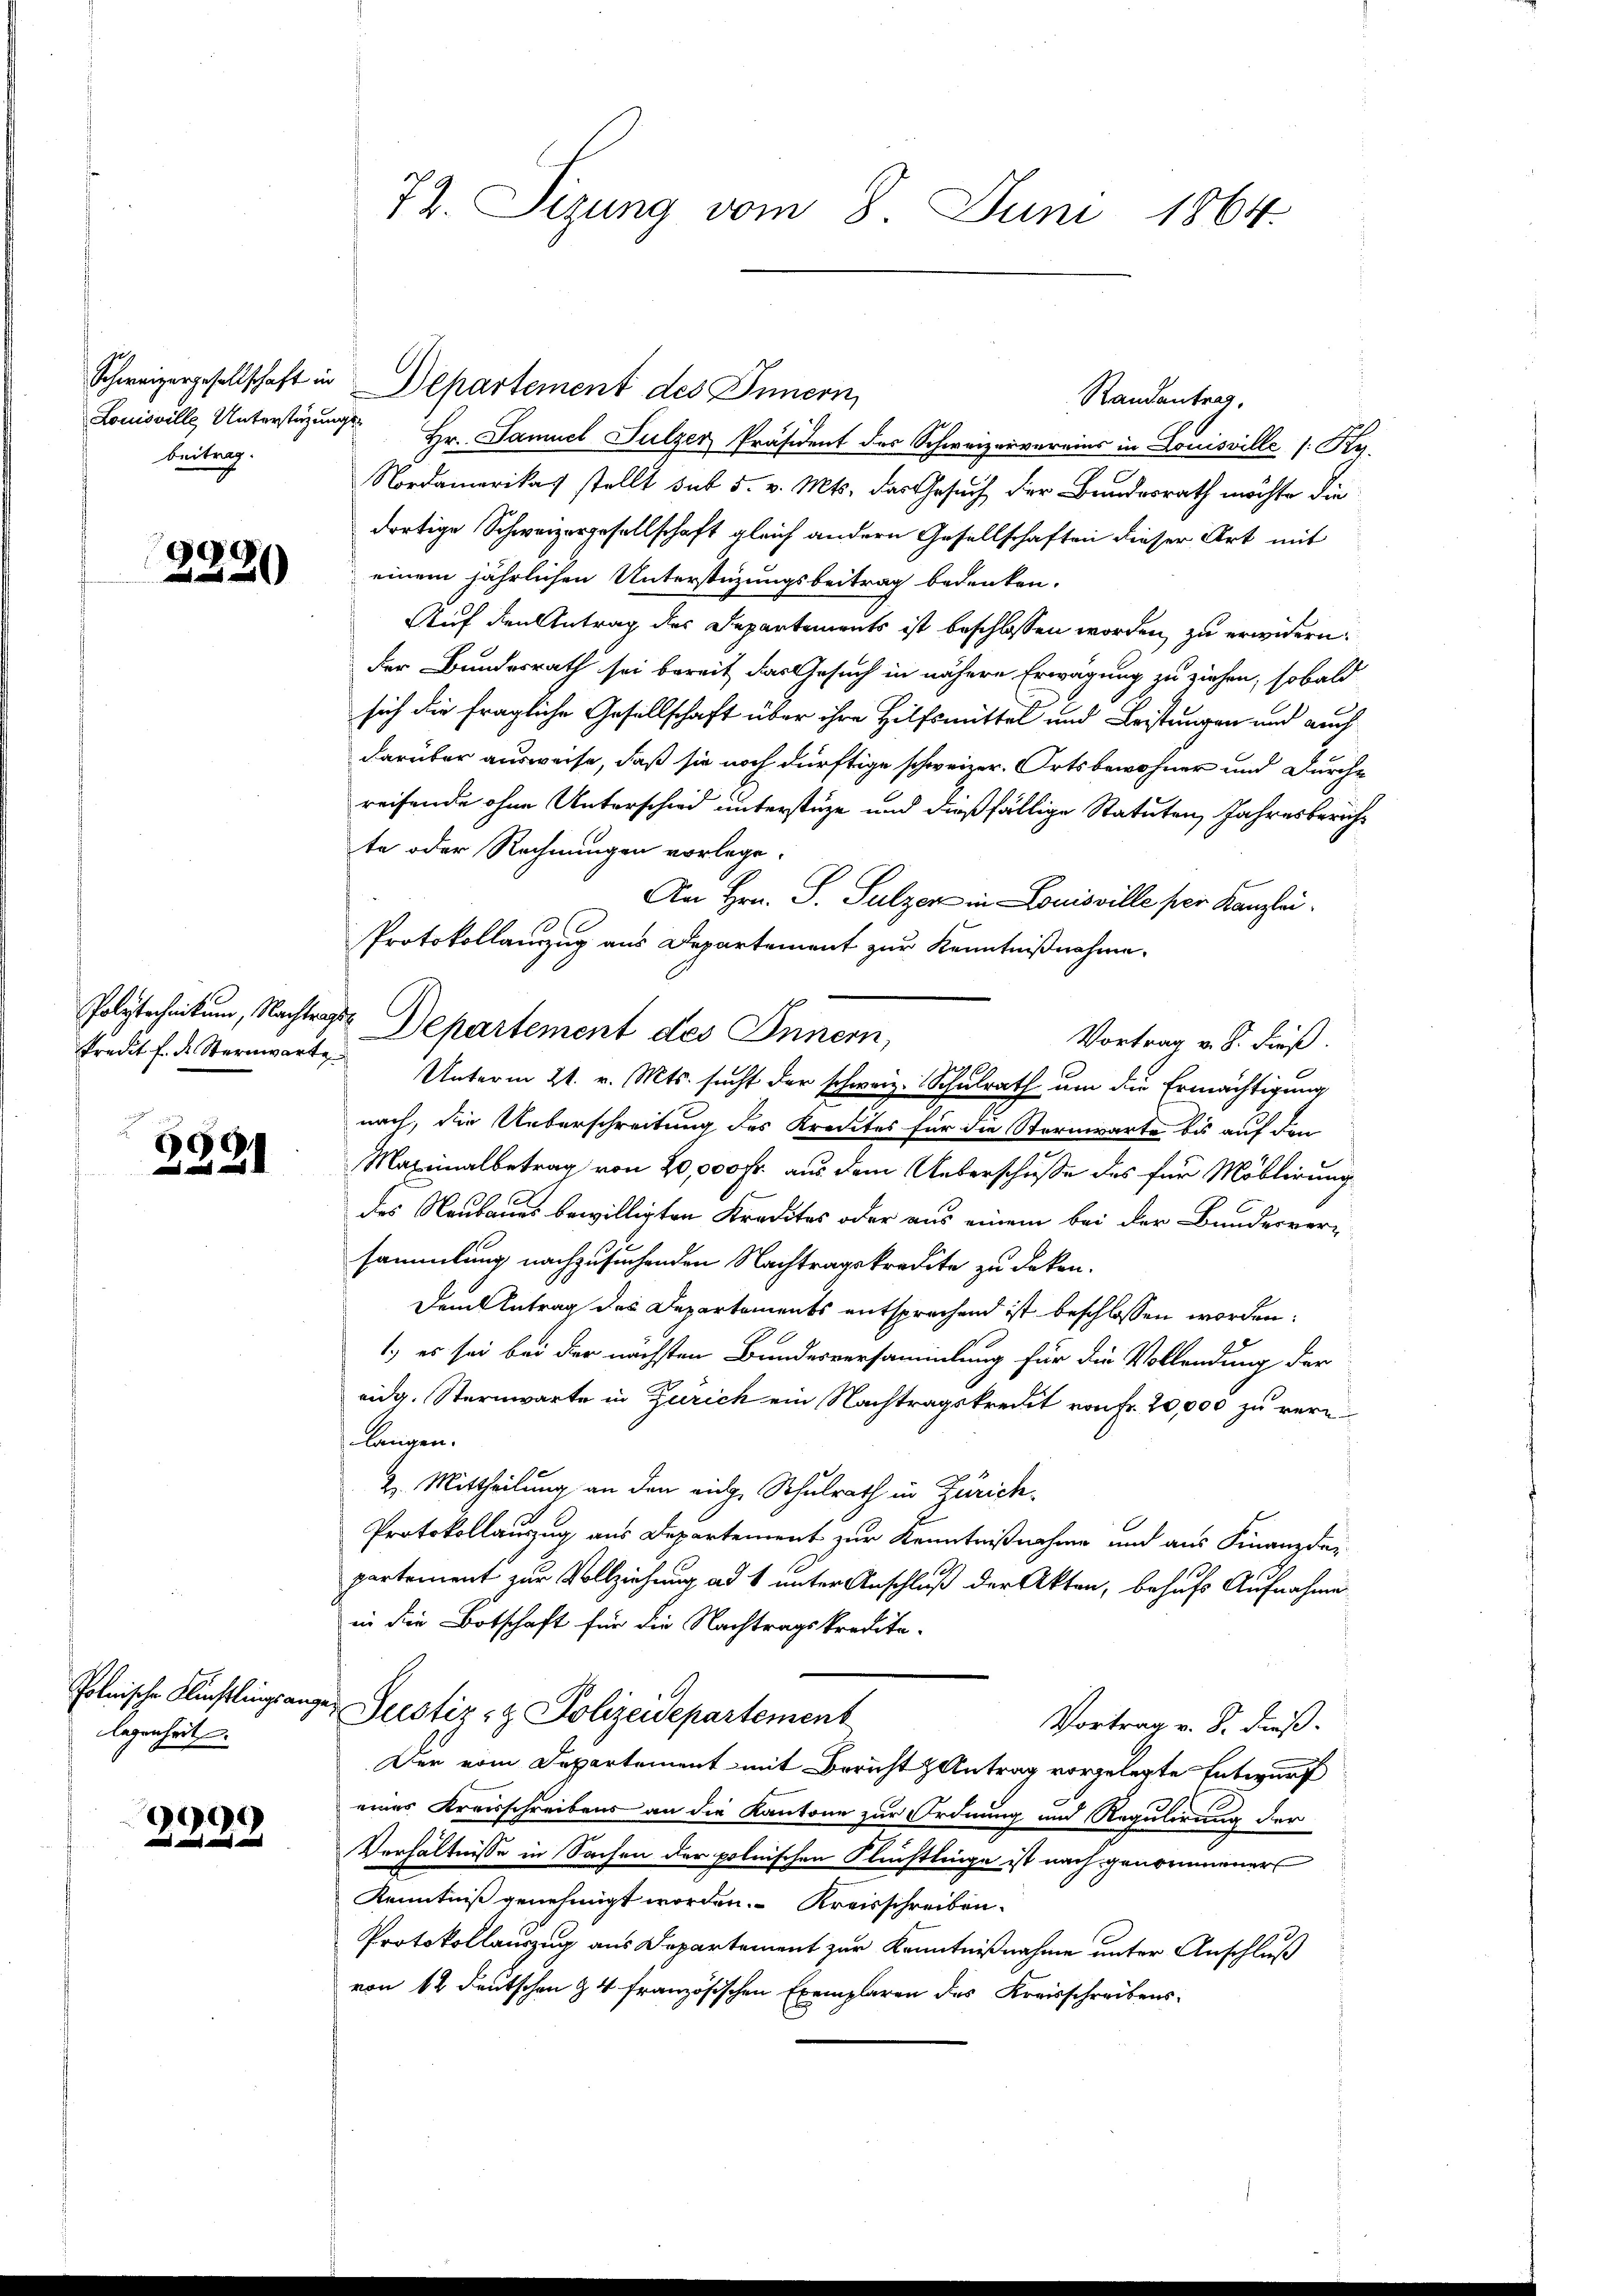
beitrag.

3920

89
2

Polnische Künstlings an
legenheit

999
 u ich

Randantrag.
Louisville Unterstützung Hr. Samuel Sulzer Präsident des Schweizervereins in Louisville /: Ky.
Nordamerikas stellt sub 5. v. Mts. das Gesuch der Bundesrath möchte die
dortige Schweizergesellschaft gleich andern Gesellschaften dieser Art mit
einem jährlichen Unterstüzungsbeitrag bedenken.
Auf den Antrag des Departements ist beschlossen worden, zu erwidern.
der Bundesrath sei bereit das Gesuch in nähere Erwägung zu ziehen, sobald
sich die fragliche Gesellschaft über ihre Hilfsmittel und Leistungen und auch
darüber ausweise, daß sie noch dürftige schweizer. Ortsbewohner und Durch-
reifende ohne Unterschied unterstüze und dießfällige Statuten Jahresberichte oder Rechnungen vorlege.
An Hrn. S. Sulzer in Louisville per Kanzlei.
Protokollanzug aus Departement zur Kenntnißnahme.
Vortrag v. S. Fieß.
Predit f. d. Sternwart. Unterm 21. v. Mts. sucht der schweiz. Schulrath um die Ermächtigung
nach, die Ueberschreitung des Kredites für die Sternwarte bis auf den
Maximalbetrag von 20,000 fr. aus dem Ueberschusse des für Moblirung
des Neubaues bewilligten Kredites oder aus einem bei der Bundesver-
sammlung nachzusuchenden Nachtragskredite zu deken.
Dem Antrag des Departements entsprechend ist beschlossen worden:
1.) es sei bei der nächsten Bundesversammlung für die Vollendung der
eidg. Sternwarte in Zürich ein Nachtragskredit von Fr. 20,000 zu vern
langen.
2. Mittheilung an den rich, Schulrath in Zürich.
Protokollauszug aus Departement zur Kenntnißnahme und aus Finanzdar
partement zur Vollziehung ad 1 unter Anschluß der Akten, behufs Aufnahme
in die Botschaft für die Nachtragskreditager Justiz- & Polizeidepartement
Vortrag v. S. dieß.
Der vom Departement mit Bericht & Antrag vorgelegte Entwurf
eines Kreisschreibens an die Kantone zur Ordnung und Regulirung der
Verhältnisse in Sachen der polnischen Flüchtlinge ist nach genommeners
Kenntniß genehmigt worden. Kreisschreiben.
x
Protokollauszug aus Departement zur Kenntnißnahme unter Anschluß
von 12 Deutschen § 4 französischen Exemplaren des Kreisschreibens-

72. Sizung vom 8. Juni 1864.

Polytechnikum, Nachtragt Departement des Innern,

Schweizergesellschaft in Departement des Innern,